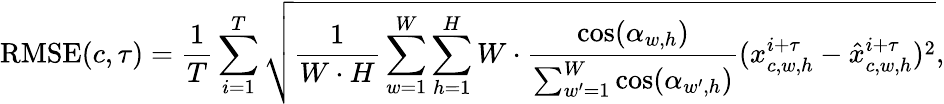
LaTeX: \operatorname{RMSE}(c,\tau)=\frac{1}{T}\sum_{i=1}^{T}\sqrt{\frac{1}{W\cdot H}\sum_{w=1}^{W}\sum_{h=1}^{H}W\cdot\frac{\cos(\alpha_{w,h})}{\sum_{w^{\prime}=1}^{W}\cos(\alpha_{w^{\prime},h})}(x_{c,w,h}^{i+\tau}-\hat{x}_{c,w,h}^{i+\tau})^{2}},